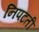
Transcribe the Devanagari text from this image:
निपटतीं